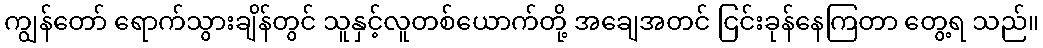
ကျွန်တော် ရောက်သွားချိန်တွင် သူနှင့်လူတစ်ယောက်တို့ အချေအတင် ငြင်းခုန်နေကြတာ တွေ့ရ သည်။